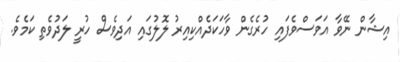
އިޝާން ނޭވާ އަވަސްވެފައި ހުރެގެން ވާހަކަދެއްކިއިރު ލޮލުގައި އަދިވެސް ހުރީ ލަދުވެތި ކަމެވެ.